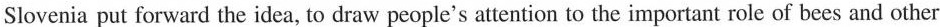
Slovenia put forward the idea, to draw people's attention to the important role of bees and other